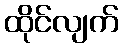
ထိုင်လျက်